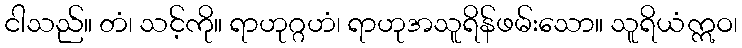
ငါသည်။ တံ၊ သင့်ကို။ ရာဟုဂ္ဂဟံ၊ ရာဟုအသူရိန်ဖမ်းသော။ သူရိယံဣဝ၊